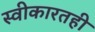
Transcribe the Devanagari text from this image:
स्वीकारतही